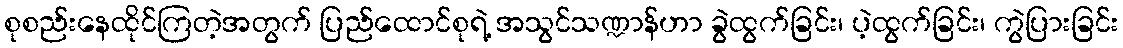
စုစည်းနေထိုင်ကြတဲ့အတွက် ပြည်ထောင်စုရဲ့ အသွင်သဏ္ဍာန်ဟာ ခွဲထွက်ခြင်း၊ ပဲ့ထွက်ခြင်း၊ ကွဲပြားခြင်း